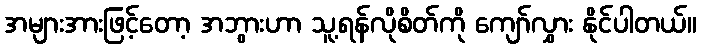
အများအားဖြင့်တော့ အဘွားဟာ သူ့ရန်လိုစိတ်ကို ကျော်လွှား နိုင်ပါတယ်။